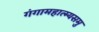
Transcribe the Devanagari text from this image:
गंगामहात्म्यसमु